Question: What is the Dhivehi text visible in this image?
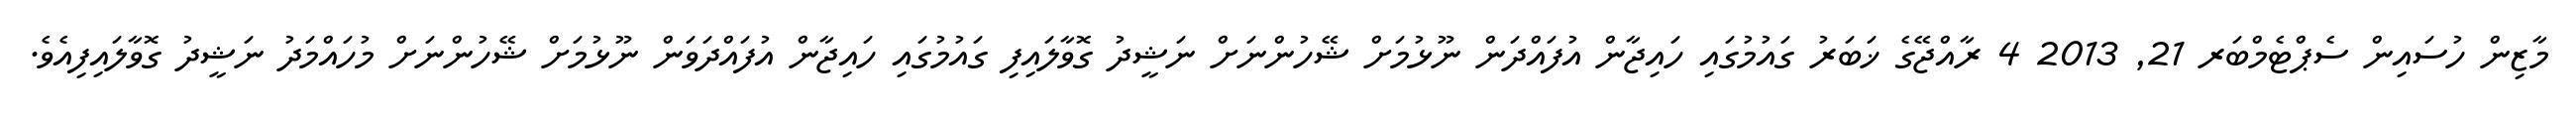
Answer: މާޒިން ހުސައިން ސެޕްޓެމްބަރ 21, 2013 4 ރާއްޖޭގެ ޚަބަރު ގައުމުގައި ހައިޖާން އުފައްދަން ނޫޅުމަށް ޝޭހުންނަށް ނަޝީދު ގޮވާލައިފި ގައުމުގައި ހައިޖާން އުފައްދަވަން ނޫޅުމަށް ޝޭހުންނަށް މުހައްމަދު ނަޝީދު ގޮވާލައިފިއެވެ.